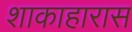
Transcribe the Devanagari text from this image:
शाकाहारास